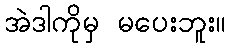
အဲဒါကိုမှ မပေးဘူး။